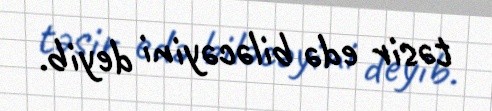
təsir edə biləcəyini deyib.